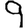
Digit: 9